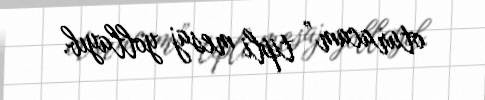
oturacam” tipli mesaj yollayıb.